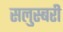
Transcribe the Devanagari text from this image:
सलुस्बरी